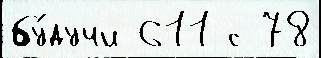
бу́дучи 611 с 78